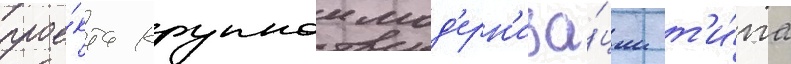
прое́кта крупнои мод'ерн'иза́ции т'и́па